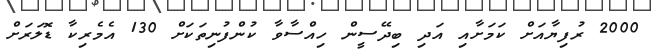
2000 ރުފިޔާއަށް ކަމަށާއި އަދި ބިދޭސީން ހިއްސާވާ ކުންފުނިތަކަށް 130 އެމެރިކާ ޑޮލަރަށް